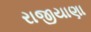
રાજીયાણા